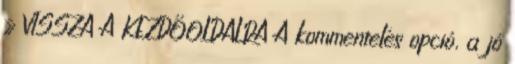
» VISSZA A KEZDŐOLDALRA A kommentelés opció, a jó